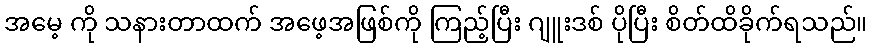
အမေ့ ကို သနားတာထက် အဖေ့အဖြစ်ကို ကြည့်ပြီး ဂျူးဒစ် ပိုပြီး စိတ်ထိခိုက်ရသည်။